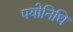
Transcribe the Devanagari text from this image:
पयोनिधि